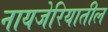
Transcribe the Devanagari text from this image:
नायजेरियातील